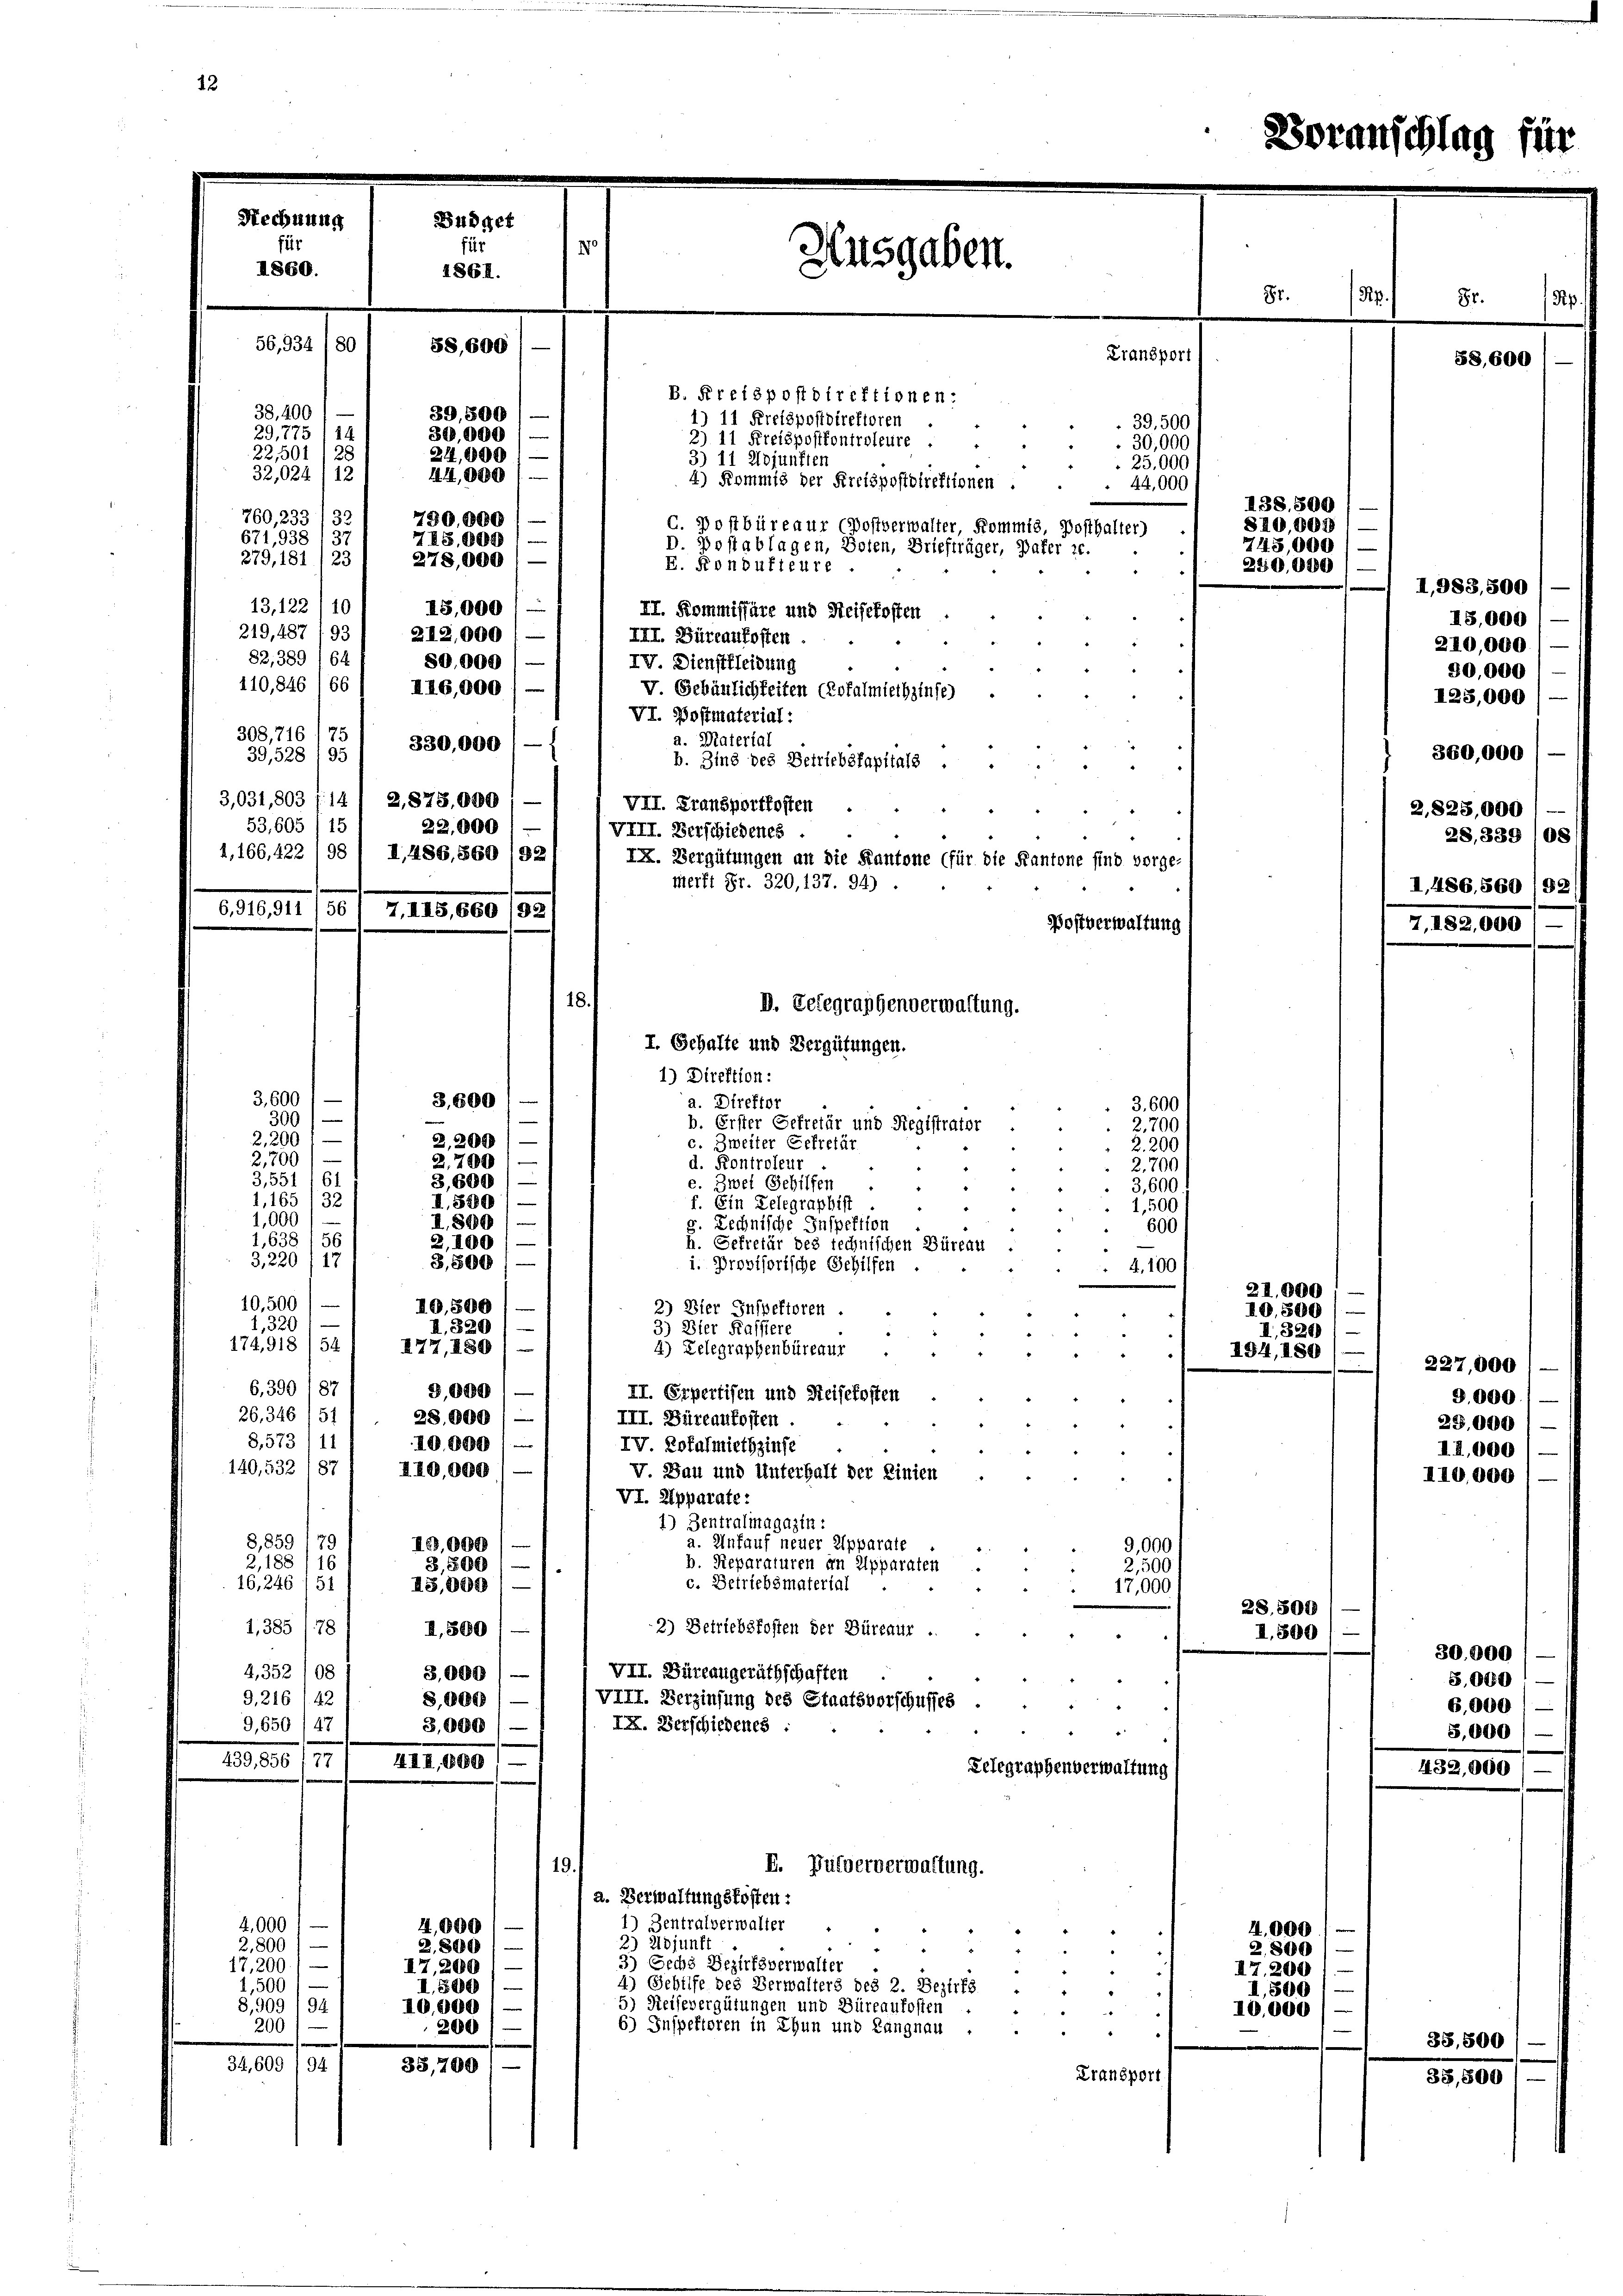
C. Postbüreaur (Postverwalter, Kommis, Posthalter)
671,938 137
75,009
D. Postablagen, Boten, Briefträger, Pater 20.
278,000 / —
279, 181 (23
E. Kondufieure
13,122 10
18,000 l
II. Kommissäre und Reisekosten
219, 487 193
212,000
III. Büreaukosten.
82, 389 164
80,000
IV. Dienstkleidung
110,846/66
II6,000 / —
V Gebäulichkeiten Crofalmiethzinse)
VI. Postmaterial:
308,716 (75
a. Material
330,000
39,528' 95
b. Zins des Betriebskapitals .
.
3,031, 803 (14) 2,873,000, —
VII. Transportkosten
53,605/15
22,000 1
VIII. Verschiedenes
1,166, 422 198 ( I,486, 860 /32
IX. Vergütungen an die Kantone (für die Kantone sind vorge-
merkt Fr. 320, 137. 94) .
Postverwaltung
18.
D. Gelegraphenverwaltung.
I. Gehalte und Vergütungen.
1) Direktion:
3,600 f —
3,600
a. Direktor
3.600
300) —
e
b. Erster Gefretär und Registrator
2,700
2,200
2,200)
c. Zweiter Gekretär
2.200
2,200
3,700
d. Kontroleur
2,700
3,551
3,600) —
e. Zwei Gehilfen
3,600
2 xx
1,165 (3:
I.580)
f. Ein Telegraphist
1,500
n
1,000
I. 800
g. Rechnische Inspektion
600
I,638' 56
2,100 / —
h. Sekretär des technischen Büreau
3,220
3,800 / —
i. Provisorische Gehilfen
4,100
10,500
e
10,500
2) Bier Inspektoren.
1,3201
A. 320
3) Bier Kassiere
174,918/54
177, 1801 —
4) Lelegraphenbüreaur.
6,399 187
9,000
II. Orpertisen und Reisekosten
26,346, 51
28,000)
III. Büreaukosten.
G,5731 11
I0.000
IV Zofalmiethzinse
140,532 (87
I40,000
V. Bau und Unterhalt der Linien
VI. Apparate:
1) Zentralmagazin:
8,859 (79
a. Unfauf neuer Apparate
1,000
9,000
2,188/16
b. Reparaturen in Apparaten
3,500
2,500
c. Betriebsmaterial
16,246/ 51
13,000
17,000
2) Betriebsfosten der Büreaur.
1,385 (78
II.500
VII. Dürrangeräthschaften
4,352108
3,000
VIII. Verzinsung des Staatsvorschuffes
G. 216 42
8,000
IX. Verschiedenes
9,650/47
3.000
439,856 (77/ 444, 600)
Telegraphenverwaltung
I. Pulververwaltung.
19
a. Verwaltungskosten:
1) Zentralverwalter
4,000
4,000
2) 28junft
2,800) —
2,800
3) Sechs Bezirksverwalter
17. 200
I7,200
4) Gehilfe des Verwalters des 2. Bezirks
I.500
1,500
5) Reisevergütungen und Büreaufosten
8,909 194
10,000
6) Inspektoren in Thun und Langnau
200
200
.
34,609/94/ 33,200
Transport

Rechnung
Büdget
r
X
Ausgaben.
1860.
1861.
 s
87.
56,934/80
58,600
Transpori
58,600
B. Kreispostdirektionen:
38. 400
39,500
1) 11 Kreispostdirektoren
39,500
29,775, 14
30,000
3) 11 Kreispostkontroleure
 30,000
22, 501 128
24,000
3) 11 Adjunften
25,000
32,024/12
44,000 l.
4) Kommis der Kreispostdirektionen
44,000
138. 500
760, 233/33
730.000
810,000

6,916,911 /56' 7,115, 660 /92

745,000)
240,000

21.000
10. 300
I. 326
194,180/

I.500

28. 504

4,000
2,800
I7.200
I,500
10,000

dran

I,983,500
18,000
210,000.
30,000
125,000
360,000
2,828,000
28, 339 105
I. 486. 560 18.

227,000
3,000.
28,000
II,000

82,00

432,0

35,8

tag für

II0,000

30,000
5.000
6,000
5,000

35,500